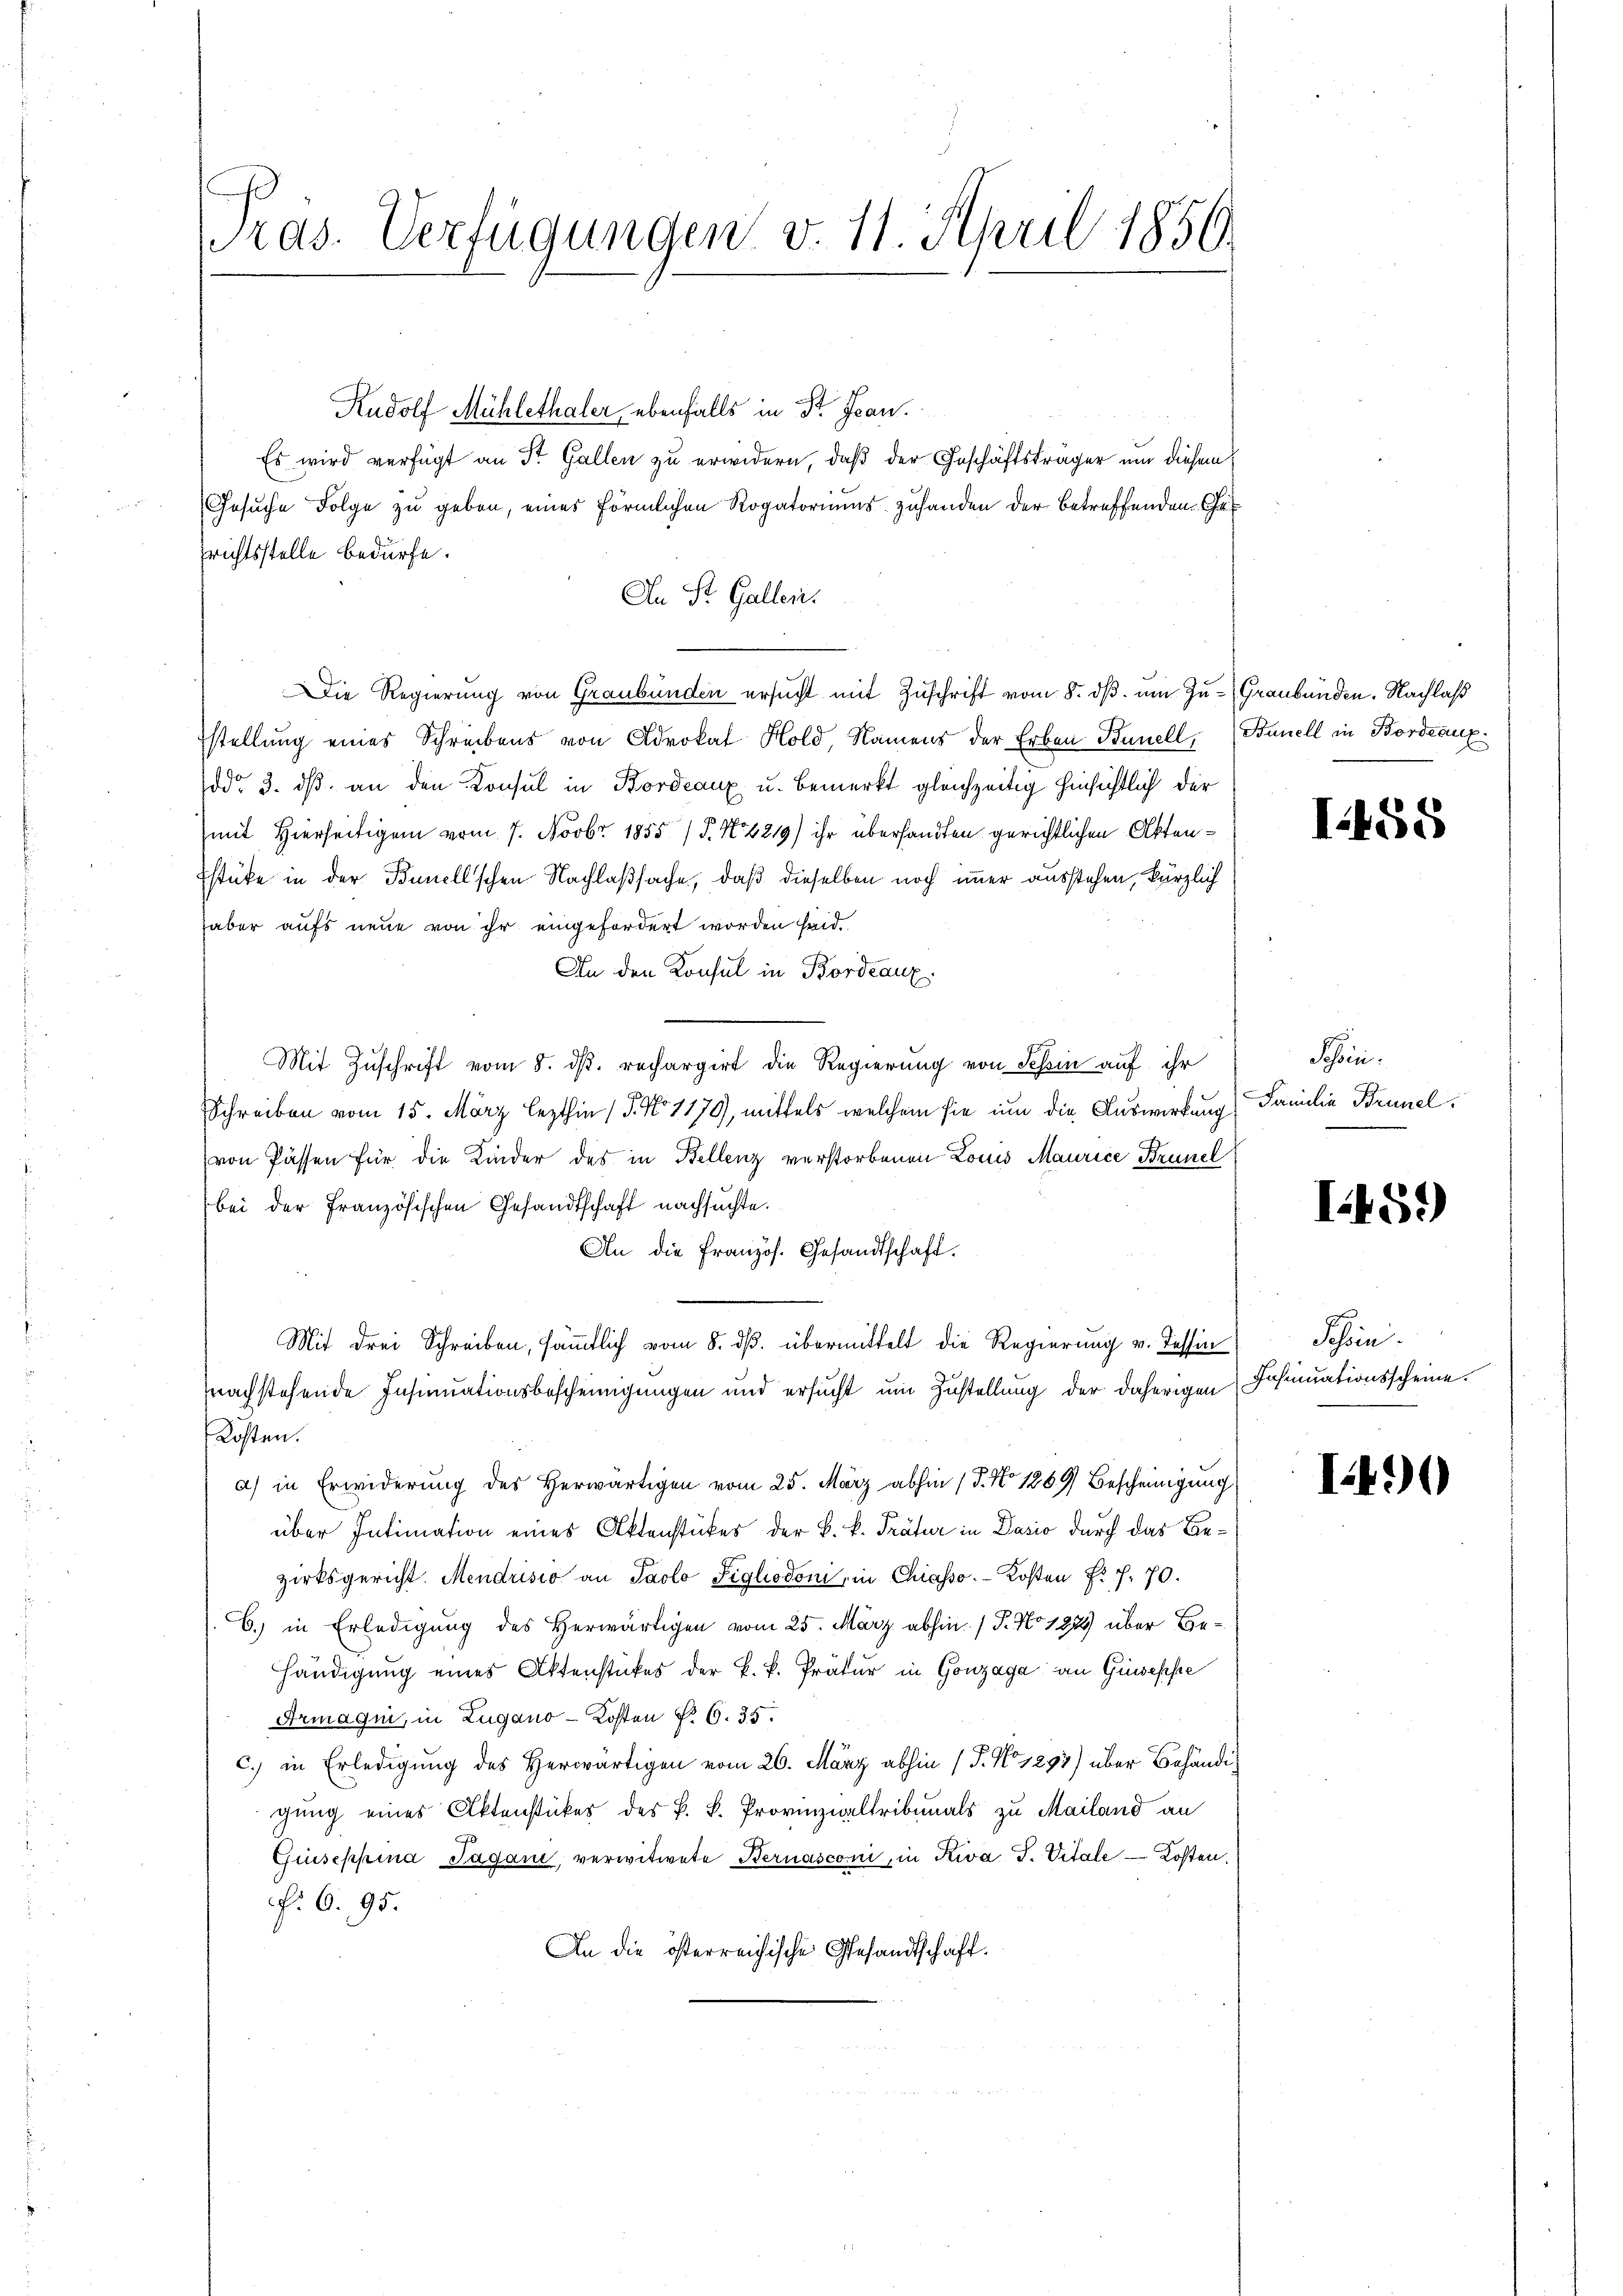
ras. Verfügungen v. 11. April 1856.

Rudolf Mühlethaler ebenfalls in St. Jan.
Es wird verfügt an St. Gallen zu erwidern, daß der Geschäftsträger um diesem
Gesuche Folge zu geben, eines förmlichen Rogatoriums zuhanden der betreffenden Char
richtsstelle bedürfe.
An St. Gallen.
Die Regierung von Graubünden ersucht mit Zuschrift vom 8. dß. um Zu- Graubünden. Nachlaß
stellung eines Schreibens von Advokat Hold Namens der Erben Bunell, (Banell in Bordeaux
ddo 3. ds. an den Konsul in Kordeaux u. bemerkt gleichzeitig hinsichtlich der
mit Hierseitigem vom 7. Novbr. 1855 / 5. No 6219) ihr übersandten gerichtlichen Akten¬
Estüke in der Bunellschen Nachlaßsache, daß dieselben noch immer ausstehen, kürzlich
haber aufs neue von ihr eingefordert worden sind.
An den Konsul in Bordeaux
Mit Zuschrift vom 8. ds. rechargirt die Regierung von Schin auf ihr
Schreiben vom 15. März lezthin 15. No 1179), mittels welchem sie um die Auswirkung
von Passen für die Kinder des in Bellenz verstorbenen Louis Maurice Brunel
bei der Französischen Gesandtschaft nachsuchte.
An die Französ. Gesandtschaft.
Mit drei Schreiben, sämmtlich vom 8. ds. übermittelt die Regierung v. Tessin
pnachstehende Insinuationsbescheinigungen und ersucht um Zustellung der daherigen
Kosten.
a) in Erwiderung des Herwärtigen vom 25. März abhin (T. No 1269) Bescheinigung
über Intimation eines Aktenstückes der B. k. Prätur in Dasio durch das Bezirksgericht. Mendrisio an Paolo Siglodoni, in Chiasso. Kosten Fr. f. 70.
6.) in Erledigung des Herwärtigen vom 25. März abhin. (T. No 1275 über Behändigung eines Aktenstückes der k. k. Prätur in Gonzaga an Guseppe
Armaqui, in Zugano-Kosten §. 6. 35.
c.) in Erledigung des Herwärtigen vom 26. März abhin (T. No 1297) über Behändigung eines Aktenstückes des k. k. Provinzialtribunals zu Mailand an
Giuseppina Jagani, verwitwete Bernasconi, in Riva G. Vitale Kosten.
P. O. 95.
An die österreichische Gesandtschaft¬

1458

Sin.
Familie Brunel.

I459)

Schein.
Insinuationsscheine.

I490